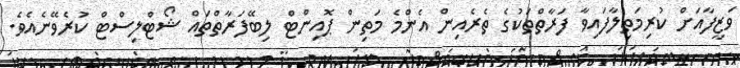
ވަޒީފާއަށް ކުރިމަތިލާފައިވާ ފަރާތްތަކުގެ ތެރެއިން އެންމެ މަތިން ޕޮއިންޓް ލިބޭފަރާތްތައް ޝޯޓްލިސްޓް ކުރެވޭނެއެވެ.